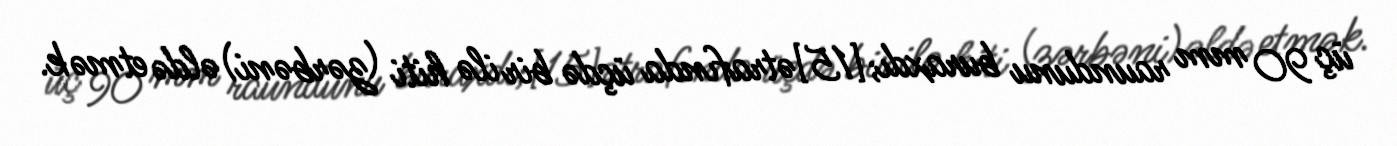
üç 90 mm raundunu buraxdı;[15]ətrafında üçdə bir ilə hiti (zərbəni) əldə etmək.